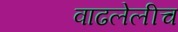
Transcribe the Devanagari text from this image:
वाढलेलीच